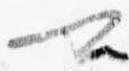
可